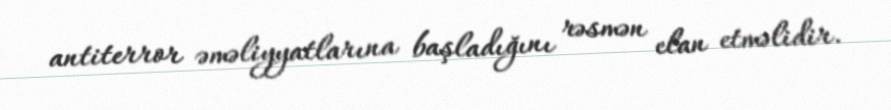
antiterror əməliyyatlarına başladığını rəsmən elan etməlidir.